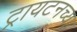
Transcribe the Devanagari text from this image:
ट्रायटनच्या